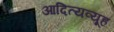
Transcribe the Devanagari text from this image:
आदित्यव्यूह